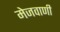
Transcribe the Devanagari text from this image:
मेजवाणी